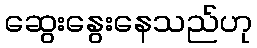
ဆွေးနွေးနေသည်ဟု